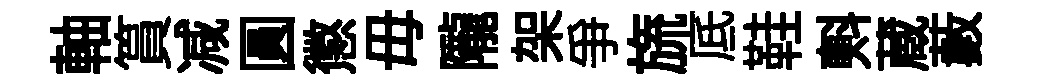
軸篔减圓懲毋隴架爭旒底鞋㪺蔵藪